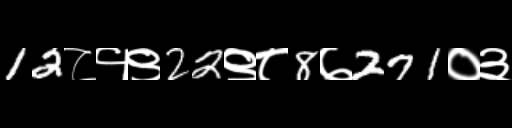
Text: 12८१९22९८8७271०३